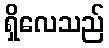
ရှိလေသည်